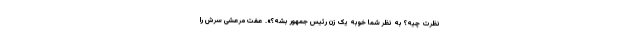
نظرت چیه؟ به نظر شما خوبه یک زن رئیس جمهور بشه؟». عفت مرعشی سرش را